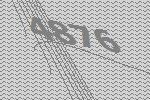
4876